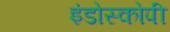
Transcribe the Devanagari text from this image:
इंडोस्कोपी